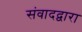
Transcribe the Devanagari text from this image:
संवादद्वारा